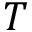
T